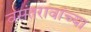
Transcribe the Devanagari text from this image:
वसंतरावांच्या